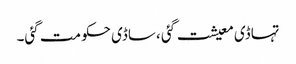
تہاڈی معیشت گئی ،ساڈی حکومت گئی۔